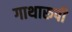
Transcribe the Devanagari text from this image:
गाथारूपी